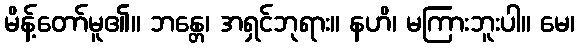
မိန့်တော်မူ၏။ ဘန္တေ၊ အရှင်ဘုရား။ နဟိ၊ မကြားဘူးပါ။ မေ၊